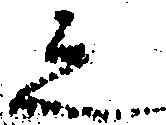
之